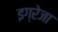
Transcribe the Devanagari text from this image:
इग्रेजा